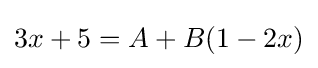
3x+5=A+B(1-2x)